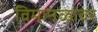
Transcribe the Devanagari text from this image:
विमानळावर